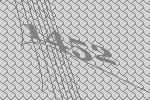
1452